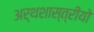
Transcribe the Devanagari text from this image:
अर्थशास्त्रीयो